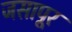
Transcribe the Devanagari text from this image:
जसापूर